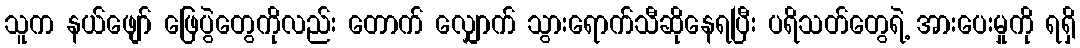
သူက နယ်ဖျော် ဖြေပွဲတွေကိုလည်း တောက် လျှောက် သွားရောက်သီဆိုနေရပြီး ပရိသတ်တွေရဲ့ အားပေးမှုကို ရရှိ